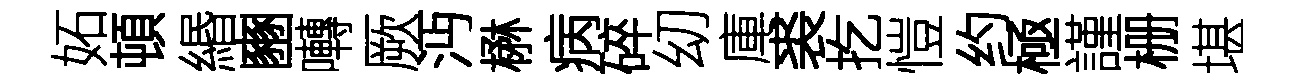
妬頓緡豳囀厥沔楙病碎㓜庫裘扢愷约極謹栅堪